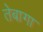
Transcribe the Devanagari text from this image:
तेबागा